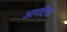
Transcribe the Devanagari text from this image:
आपटिक